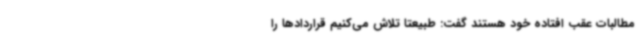
مطالبات عقب افتاده خود هستند گفت: طبیعتا تلاش می‌کنیم قراردادها را